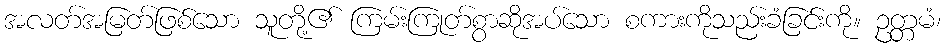
အလတ်အမြတ်ဖြစ်သော သူတို့၏ ကြမ်းကြုတ်စွာဆိုအပ်သော စကားကိုသည်းခံခြင်းကို။ ဥတ္တမံ၊